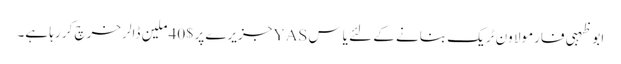
ابو ظہبی فارمولا ون ٹریک بنانے کے لئے یاس YASجزیرے پر $ 40 ملین ڈالر خرچ کر رہا ہے۔